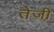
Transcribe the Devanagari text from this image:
तेजी़